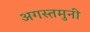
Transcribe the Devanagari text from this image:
अगस्‍तमुनी